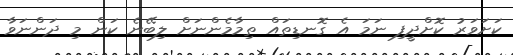
ކަށަވަރު ކޮށްދީފި ނަމަ އެ ގޮނޑިތައް ތިމާމެންނަށް ލިބޭނެ ކަން މި ދަންނަވާ